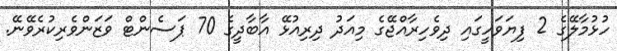
ހުޅުމާލޭގެ 2 ފިޔަވަހީގައި ދިވެހިރާއްޖޭގެ މިއަދު ދިރިއުޅޭ އާބާދީގެ 70 ޕަސެންޓް ވަޒަންވެރިކުރެވޭނޭ.